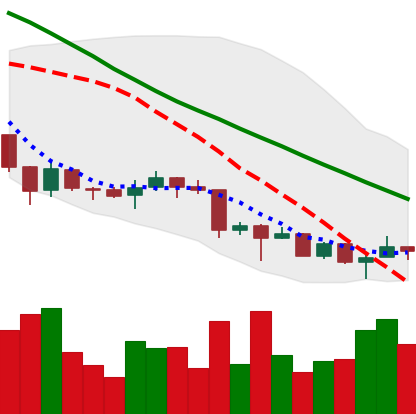
Ticker: XRP-USD
Chart end date: 2018-07-01
Forward return: 3.857%
Label: up_3_5